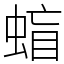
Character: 䗈